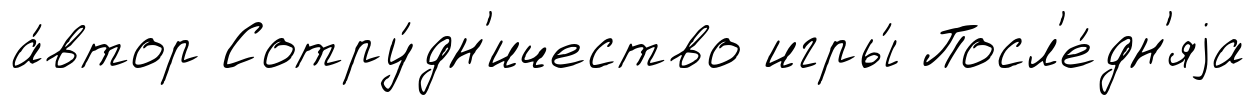
а́втор Сотру́дн'ичество игры́ Посл'е́дн'яjа